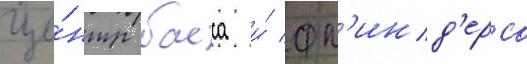
Це́нтр басса и́ фл'инд'ерса